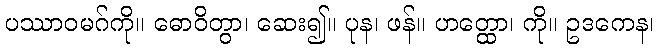
ပဿာဝမဂ်ကို။ ဓောဝိတွာ၊ ဆေး၍။ ပုန၊ ဖန်။ ဟတ္ထော၊ ကို။ ဥဒကေန၊